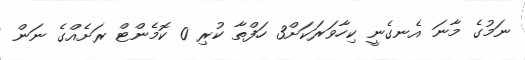
ނަމުގެ މާނަ އެނގެނީ ކިހާވަރަކަށް3 ހަފްތާ ކުރި 0 ކޮމެންޓް ރަށެއްގެ ނަން